Tezpur Lunatic Asylum reports 1877-1894 - 1877-1894
Year: 1877
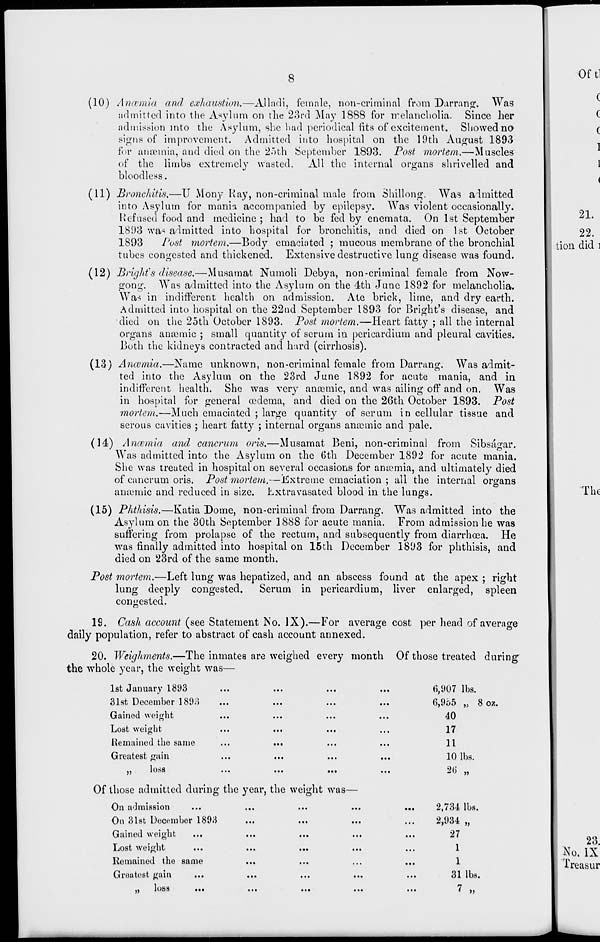
II
8
(10) Anosmia and exhaustion.—Alladi, female, non-criminal from Darrang, Was
admitted into the Asylum on the 23rd May 1888 for melancholia. Since her
admission into the Asylum, she had periodical fits of excitement. Showed no
signs of improvement. Admitted into hospital on the 19th August 1893
for ansBinia, and died on the 25th September 1893. Post mortem.—Muscles
of the limbs extremely wasted. All the internal organs shrivelled and
bloodless.
(11) Bronchitis.—U Mony Ray, non-criminal male from Shillong. Was aimitted
into Asylum for mania accompanied by epilepsy. Was violent occasionally.
Refused food and medicine ; had to be fed by enemata. On 1st September
181)3 wa> admitted into hospital for bronchitis, and died on 1st October
1893
Post mortem.—Body emaciated ; mucous membrane of the bronchial
tubes congested and thickened. Extensive destructive lung disease was found.
(12) BrigMs disease.—Musamat Numoli Debya, non-criminal female from Now-
gong. Was admitted into the Asylum on the 4th June 1892 for melancholia.
Was in indifferent health on admission. Ate brick, lime, and dry earth.
Admitted into hospital on the 22nd September 1893 for Bright's disease, and
died on the 25th October 1893. Post mortem.—Heart fatty ; all the internal
organs anaemic ; small quantity of serum in pericardium and pleural cavities.
Both the kidneys contracted and hard (cirrhosis).
(13) Anaemia.—Name unknown, non-criminal female from Darrang. Was admit-
ted into the Asylum on the 23rd June 1892 for acute mania, and in
indifferent health. She was very anaemic, and was ailing off and on. Was
in hospital for general oedema, and died on the 26th October 1893. Post
mortem.—Much emaciated ; large quantity of serum in cellular tissue and
serous cavities ; heart fatty ; internal organs anaemic and pale.
(14) Anosmia and cancrum oris.—Musamat Beni, non-criminal from Sibsagar.
Was admitted into the Asylum on the 6th December 1892 for acute mania.
She was treated in hospital on several occasions for anaemia, and ultimately died
of cancrum oris. Post mortem.—Extreme emaciation ; all the internal organs
amemic and reduced in size. Lxtravasated blood in the lungs.
(15) Phthisis.—Katia Dome, non-criminal from Darning. Was admitted into the
Asylum on the 30th September 1888 for acute mania. From admission he was
suffering from prolapse of the rectum, and subsequently from diarrhoea. He
was finally admitted into hospital on 15th December 1893 for phthisis, and
died on 23rd of the same month.
Post mortem.—Left lung was hepatized, and an abscess found at the apex ; right
lung deeply congested.
Serum in pericardium, liver enlarged, spleen
congested.
19. Cash account (see Statement No. IX).—For average cost per head of average
daily population, refer to abstract of cash account annexed.
20. Weighments.—The inmates are weighed every month Of those treated during
the whole year, the weight was—
1st January 1803
31st December 1893
Gained weight
Lost weight
Remained the same
...
...
Greatest gain
,,
loss
...
...
...
...
Of those admitted during the year, the weight was—
On admission
...
...
...
...
...
On 31st December 1893
Gained weight
Lost weight
Remained the same
Greatest gain
..
loss
...
...
...
...
...
6,007 lbs.
6,965 „ 8 07..
40
17
11
10 lbs.
26 „
2,734 lbs.
2,934 „
27
1
1
31 lbs.
7 „
Oftl
(
c
(
1
21.
22.
tion did ]
The
28.
No. IX
Treasur